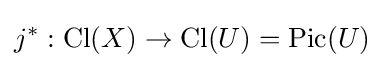
j^{*}:\operatorname {Cl} (X)\to \operatorname {Cl} (U)=\operatorname {Pic} (U)